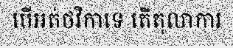
បើអត់ថវិកាទេ តើតុលាការ